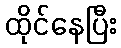
ထိုင်နေပြီး